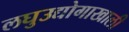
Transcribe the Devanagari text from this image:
लघुउद्योगाखाली